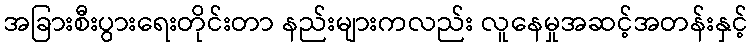
အခြားစီးပွားရေးတိုင်းတာ နည်းများကလည်း လူနေမှုအဆင့်အတန်းနှင့်